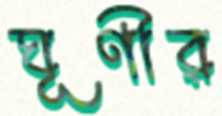
ঘূণীর